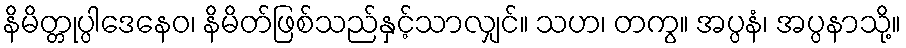
နိမိတ္တုပ္ပါဒေနေဝ၊ နိမိတ်ဖြစ်သည်နှင့်သာလျှင်။ သဟ၊ တကွ။ အပ္ပနံ၊ အပ္ပနာသို့။